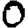
Digit: 0